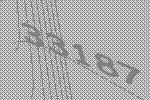
33187